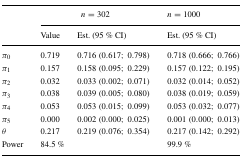
<table><thead><tr><td></td><td colspan="2"><b><i>n</i> = 302</b></td><td><b><i>n</i> = 1000</b></td></tr><tr><td></td><td><b>Value</b></td><td><b>Est. (95 % CI)</b></td><td><b>Est. (95 % CI)</b></td></tr></thead><tbody><tr><td><i>π</i><sub>0</sub></td><td>0.719</td><td>0.716 (0.617; 0.798)</td><td>0.718 (0.666; 0.766)</td></tr><tr><td><i>π</i><sub>1</sub></td><td>0.157</td><td>0.158 (0.095; 0.229)</td><td>0.157 (0.122; 0.195)</td></tr><tr><td><i>π</i><sub>2</sub></td><td>0.032</td><td>0.033 (0.002; 0.071)</td><td>0.032 (0.014; 0.052)</td></tr><tr><td><i>π</i><sub>3</sub></td><td>0.038</td><td>0.039 (0.005; 0.080)</td><td>0.038 (0.019; 0.059)</td></tr><tr><td><i>π</i><sub>4</sub></td><td>0.053</td><td>0.053 (0.015; 0.099)</td><td>0.053 (0.032; 0.077)</td></tr><tr><td><i>π</i><sub>5</sub></td><td>0.000</td><td>0.002 (0.000; 0.025)</td><td>0.001 (0.000; 0.013)</td></tr><tr><td><i>θ</i></td><td>0.217</td><td>0.219 (0.076; 0.354)</td><td>0.217 (0.142; 0.292)</td></tr><tr><td>Power</td><td colspan="2">84.5 %</td><td>99.9 %</td></tr></tbody></table>